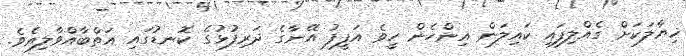
ޚިޔާލަކަށް ގެއްލިފައި ކައިލަން އިންހެން ހީވެ އަފީފު އޭނާގެ ދަރިފުޅުގެ ކޮނޑުގައި އަތްބާއްވާލިއެވެ.